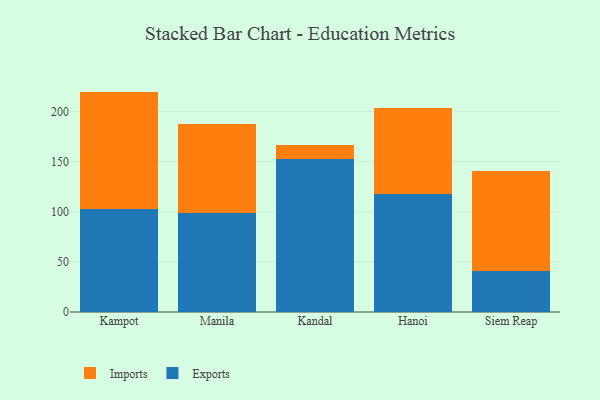
{"axis": {"x": "City", "y": "Energy Usage (MWh)"}, "legend": ["Exports", "Imports"], "data": [{"x": "Kampot", "y": 102.4, "type": "Exports"}, {"x": "Kampot", "y": 117.3, "type": "Imports"}, {"x": "Manila", "y": 98.2, "type": "Exports"}, {"x": "Manila", "y": 89.7, "type": "Imports"}, {"x": "Kandal", "y": 152.8, "type": "Exports"}, {"x": "Kandal", "y": 13.4, "type": "Imports"}, {"x": "Hanoi", "y": 118.0, "type": "Exports"}, {"x": "Hanoi", "y": 85.2, "type": "Imports"}, {"x": "Siem Reap", "y": 41.0, "type": "Exports"}, {"x": "Siem Reap", "y": 99.1, "type": "Imports"}]}